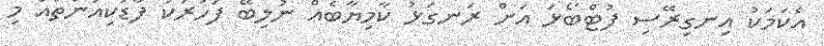
އެކަމަކު އިނގިރޭސި ފުޓްބޯޅަ އަށް ރަނގަޅު ކާމިޔާބެއް ނުލިބޭ ފަހަރަކު ފާޑުކިއުންތައް މި